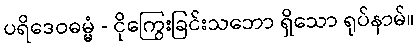
ပရိဒေဝဓမ္မံ - ငိုကြွေးခြင်းသဘော ရှိသော ရုပ်နာမ်။